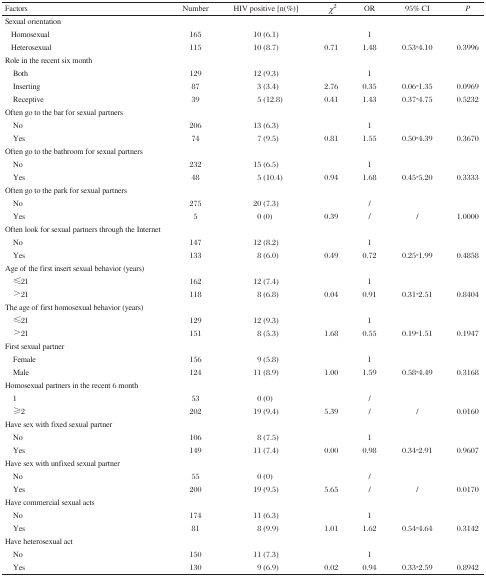
<table><thead><tr><td><b>Factors</b></td><td><b>Number</b></td><td><b>HIV positive [<i>n</i>(%)]</b></td><td><b><i>χ</i><sup>2</sup></b></td><td><b>OR</b></td><td><b>95% CI</b></td><td><b><i>P</i></b></td></tr></thead><tbody><tr><td colspan="7">Sexual orientation</td></tr><tr><td> Homosexual</td><td>165</td><td>10 (6.1)</td><td></td><td>1</td><td></td><td></td></tr><tr><td> Heterosexual</td><td>115</td><td>10 (8.7)</td><td>0.71</td><td>1.48</td><td>0.53-4.10</td><td>0.3996</td></tr><tr><td colspan="7">Role in the recent six month</td></tr><tr><td> Both</td><td>129</td><td>12 (9.3)</td><td></td><td>1</td><td></td><td></td></tr><tr><td> Inserting</td><td>87</td><td>3 (3.4)</td><td>2.76</td><td>0.35</td><td>0.06-1.35</td><td>0.0969</td></tr><tr><td> Receptive</td><td>39</td><td>5 (12.8)</td><td>0.41</td><td>1.43</td><td>0.37-4.75</td><td>0.5232</td></tr><tr><td colspan="7">Often go to the bar for sexual partners</td></tr><tr><td> No</td><td>206</td><td>13 (6.3)</td><td></td><td>1</td><td></td><td></td></tr><tr><td> Yes</td><td>74</td><td>7 (9.5)</td><td>0.81</td><td>1.55</td><td>0.50-4.39</td><td>0.3670</td></tr><tr><td colspan="7">Often go to the bathroom for sexual partners</td></tr><tr><td> No</td><td>232</td><td>15 (6.5)</td><td></td><td>1</td><td></td><td></td></tr><tr><td> Yes</td><td>48</td><td>5 (10.4)</td><td>0.94</td><td>1.68</td><td>0.45-5.20</td><td>0.3333</td></tr><tr><td colspan="7">Often go to the park for sexual partners</td></tr><tr><td> No</td><td>275</td><td>20 (7.3)</td><td></td><td>/</td><td></td><td></td></tr><tr><td> Yes</td><td>5</td><td>0 (0)</td><td>0.39</td><td>/</td><td>/</td><td>1.0000</td></tr><tr><td colspan="7">Often look for sexual partners through the Internet</td></tr><tr><td> No</td><td>147</td><td>12 (8.2)</td><td></td><td>1</td><td></td><td></td></tr><tr><td> Yes</td><td>133</td><td>8 (6.0)</td><td>0.49</td><td>0.72</td><td>0.25-1.99</td><td>0.4858</td></tr><tr><td colspan="7">Age of the first insert sexual behavior (years)</td></tr><tr><td> ≤21</td><td>162</td><td>12 (7.4)</td><td></td><td>1</td><td></td><td></td></tr><tr><td> &gt;21</td><td>118</td><td>8 (6.8)</td><td>0.04</td><td>0.91</td><td>0.31-2.51</td><td>0.8404</td></tr><tr><td colspan="7">The age of first homosexual behavior (years)</td></tr><tr><td> ≤21</td><td>129</td><td>12 (9.3)</td><td></td><td>1</td><td></td><td></td></tr><tr><td> &gt;21</td><td>151</td><td>8 (5.3)</td><td>1.68</td><td>0.55</td><td>0.19-1.51</td><td>0.1947</td></tr><tr><td colspan="7">First sexual partner</td></tr><tr><td> Female</td><td>156</td><td>9 (5.8)</td><td></td><td>1</td><td></td><td></td></tr><tr><td> Male</td><td>124</td><td>11 (8.9)</td><td>1.00</td><td>1.59</td><td>0.58-4.49</td><td>0.3168</td></tr><tr><td colspan="7">Homosexual partners in the recent 6 month</td></tr><tr><td> 1</td><td>53</td><td>0 (0)</td><td></td><td>/</td><td></td><td></td></tr><tr><td> ≥2</td><td>202</td><td>19 (9.4)</td><td>5.39</td><td>/</td><td>/</td><td>0.0160</td></tr><tr><td colspan="7">Have sex with fixed sexual partner</td></tr><tr><td> No</td><td>106</td><td>8 (7.5)</td><td></td><td>1</td><td></td><td></td></tr><tr><td> Yes</td><td>149</td><td>11 (7.4)</td><td>0.00</td><td>0.98</td><td>0.34-2.91</td><td>0.9607</td></tr><tr><td colspan="7">Have sex with unfixed sexual partner</td></tr><tr><td> No</td><td>55</td><td>0 (0)</td><td></td><td>/</td><td></td><td></td></tr><tr><td> Yes</td><td>200</td><td>19 (9.5)</td><td>5.65</td><td>/</td><td>/</td><td>0.0170</td></tr><tr><td colspan="7">Have commercial sexual acts</td></tr><tr><td> No</td><td>174</td><td>11 (6.3)</td><td></td><td>1</td><td></td><td></td></tr><tr><td> Yes</td><td>81</td><td>8 (9.9)</td><td>1.01</td><td>1.62</td><td>0.54-4.64</td><td>0.3142</td></tr><tr><td colspan="7">Have heterosexual act</td></tr><tr><td> No</td><td>150</td><td>11 (7.3)</td><td></td><td>1</td><td></td><td></td></tr><tr><td> Yes</td><td>130</td><td>9 (6.9)</td><td>0.02</td><td>0.94</td><td>0.33-2.59</td><td>0.8942</td></tr></tbody></table>